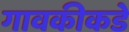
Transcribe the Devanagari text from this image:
गावकीकडे